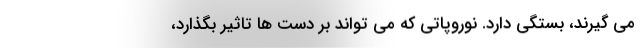
می گیرند، بستگی دارد. نوروپاتی که می تواند بر دست ها تاثیر بگذارد،